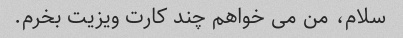
سلام، من می خواهم چند کارت ویزیت بخرم.